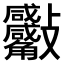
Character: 𧥙